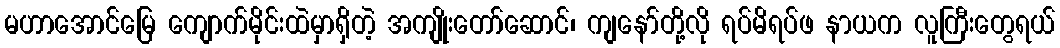
မဟာအောင်မြေ ကျောက်မိုင်းထဲမှာရှိတဲ့ အကျိုးတော်ဆောင်၊ ကျနော်တို့လို ရပ်မိရပ်ဖ နာယက လူကြီးတွေရယ်